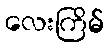
လေးကြိမ်